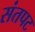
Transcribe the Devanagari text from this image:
संतपट